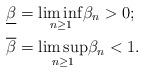
LaTeX: \begin{align*}\underline\beta&=\underset{n\geq 1}{\liminf}\beta_n>0;\\\overline\beta&=\underset{n\geq 1}{\limsup}\beta_n<1.\end{align*}